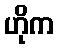
ဟိုက